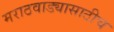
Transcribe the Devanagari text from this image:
मराठवाड्यासाठीच